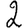
Digit: 2